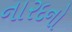
નારદનો